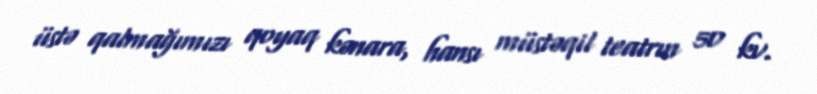
üstə qalmağımızı qoyaq kənara, hansı müstəqil teatrın 50 kv.